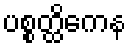
ပစ္စတ္ထိကေန